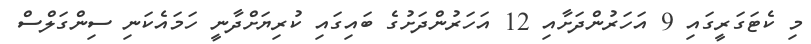
މި ކެޓަގަރީގައި 9 އަހަރުންދަށާއި 12 އަހަރުންދަށުގެ ބައިގައި ކުރިޔަށްދާނީ ހަމައެކަނި ސިންގަލްސް